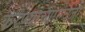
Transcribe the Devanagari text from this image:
करण्याच्याऐवजी